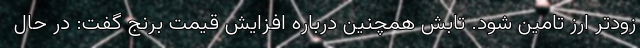
زودتر ارز تامین شود. تابش همچنین درباره افزایش قیمت برنج گفت: در حال